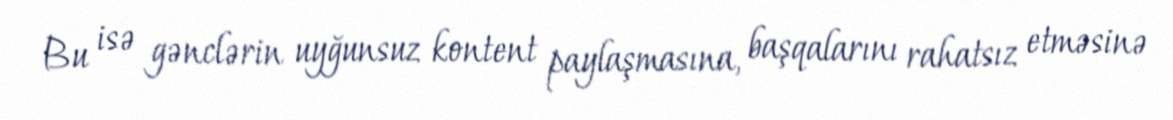
Bu isə gənclərin uyğunsuz kontent paylaşmasına, başqalarını rahatsız etməsinə